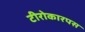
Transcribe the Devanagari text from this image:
टीरोकारपस